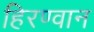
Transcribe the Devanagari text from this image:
हिरण्वान